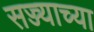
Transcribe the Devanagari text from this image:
सज्ज्याच्या